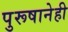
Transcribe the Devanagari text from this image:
पुरूषानेही